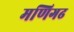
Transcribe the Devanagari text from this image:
मणिगढ